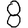
Digit: 8